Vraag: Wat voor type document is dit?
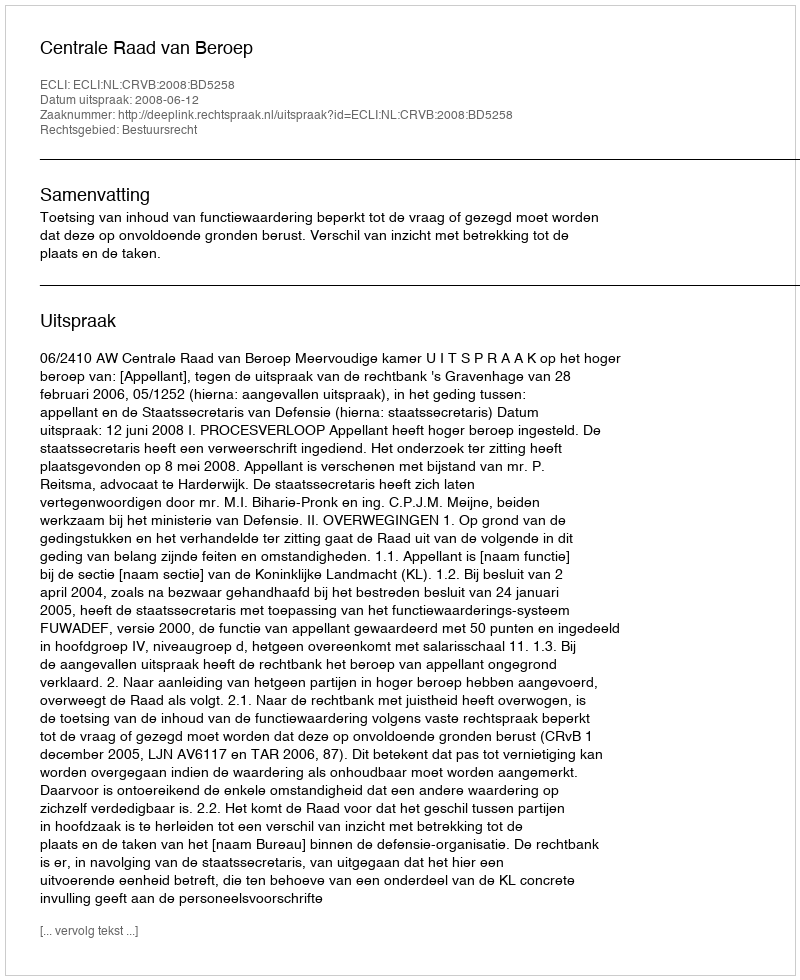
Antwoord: Uitspraak